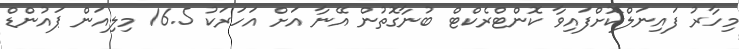
މިހާރު ފައިނަލްކޮށްފައިވާ ކޮންޓްރެކްޓް ބުނާގޮތުން އޭނާ އަށް އަހަރަކު 16.5 މިލިއަން ޕައުންޑް